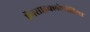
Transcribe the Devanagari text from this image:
ऍनसाइक्लोपीडिया